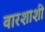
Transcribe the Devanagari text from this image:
वारशाशी